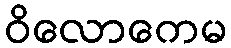
ဝိလောကေမ